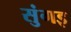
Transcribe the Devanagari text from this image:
सुंगइ